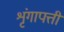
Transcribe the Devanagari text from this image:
शृंगापत्ती